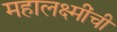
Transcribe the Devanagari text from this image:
महालक्ष्मींची